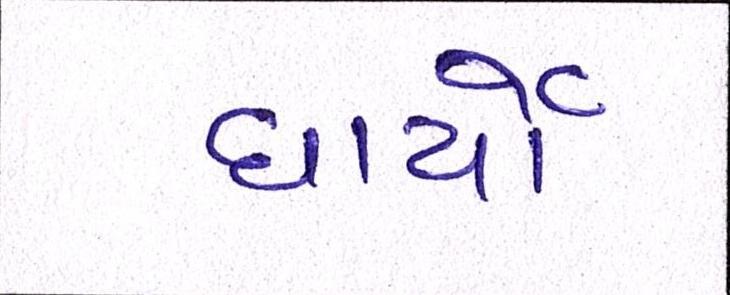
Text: ધાર્યો